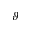
\vartheta